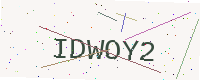
Text: IDWOY2